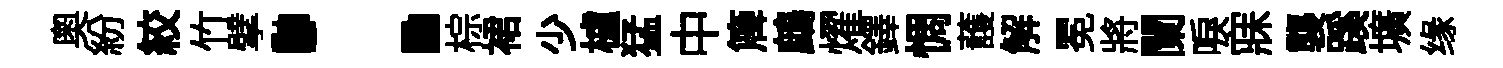
奥紛絞竹擘：棕裙少櫨猛中簰鷓燿鐸惆䕶解冕將闌唳寐襲蹊壙缘